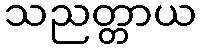
သညတ္တာယ